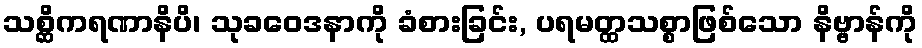
သစ္ဆိကရဏာနိပိ၊ သုခဝေဒနာကို ခံစားခြင်း, ပရမတ္ထသစ္စာဖြစ်သော နိဗ္ဗာန်ကို